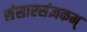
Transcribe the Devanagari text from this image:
संसारसंज्ञकम्